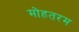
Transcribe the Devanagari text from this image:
मोहतरम